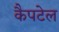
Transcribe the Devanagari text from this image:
कैपटेल